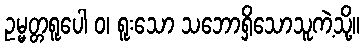
ဥမ္မတ္တရူပေါ ဝ၊ ရူးသော သဘောရှိသောသူကဲ့သို့။